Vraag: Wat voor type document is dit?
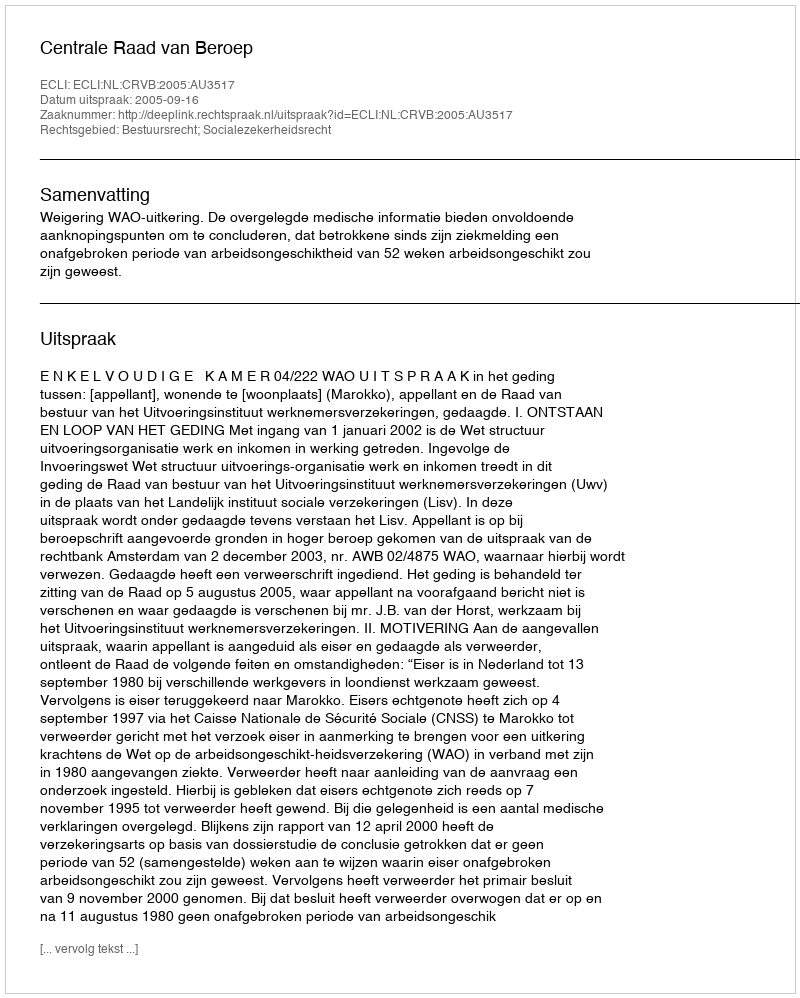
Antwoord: Uitspraak